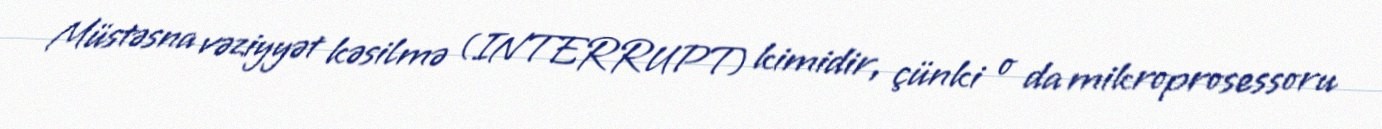
Müstəsna vəziyyət kəsilmə (INTERRUPT) kimidir, çünki o da mikroprosessoru